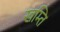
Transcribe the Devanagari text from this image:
खम्ति